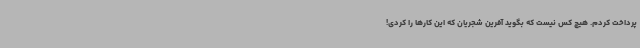
پرداخت کردم. هیچ کس نیست که بگوید آفرین شجریان که این کارها را کردی!